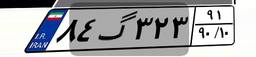
۸۴گ۳۲۳۹۱